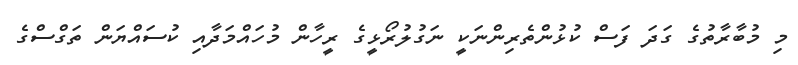
މި މުބާރާތުގެ ގަދަ ފަސް ކުޅުންތެރިންނަކީ ނަގުލުރޯޅީގެ ރީހާން މުހައްމަދާއި ކުސައްޔަން ތަގްސްގެ